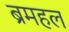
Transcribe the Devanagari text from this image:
ब्रमहल